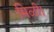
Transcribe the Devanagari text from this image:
मिळी।